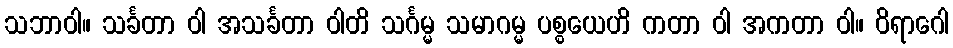
သဘာဝါ။ သင်္ခတာ ဝါ အသင်္ခတာ ဝါတိ သင်္ဂမ္မ သမာဂမ္မ ပစ္စယေဟိ ကတာ ဝါ အကတာ ဝါ။ ဝိရာဂေါ